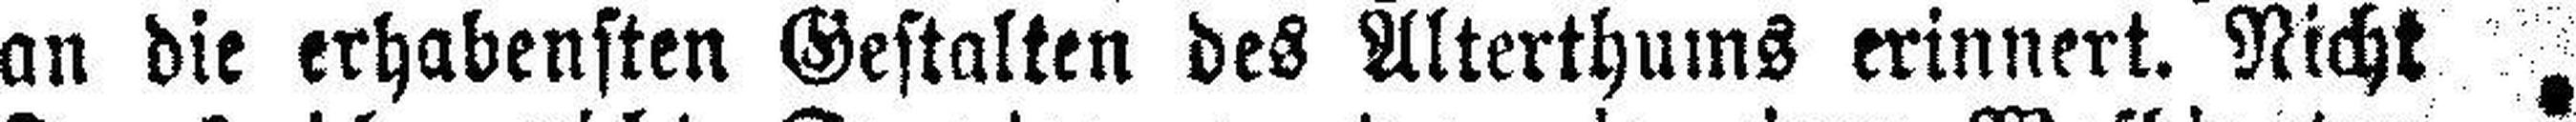
an die erhabensten Gestalten des Alterthums erinnert. Nicht